Scottish Leaving Certificate Examination, 1960
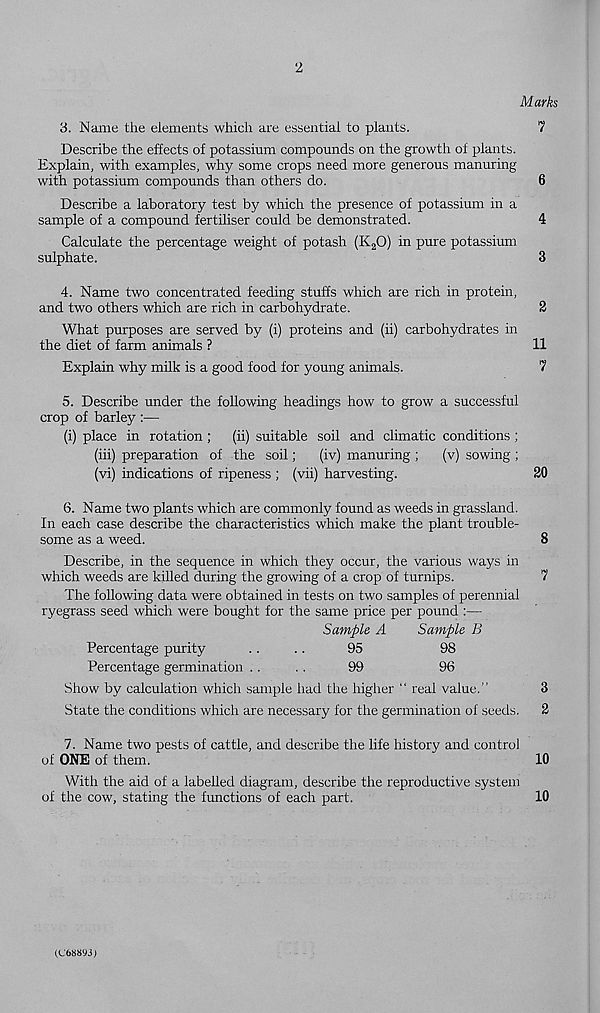
2
M arks
3. Name the elements which are essential to plants.
7
Describe the effects of potassium compounds on the growth of plants.
Explain, with examples, why some crops need more generous manuring
with potassium compounds than others do.
6
Describe a laboratory test by which the presence of potassium in a
sample of a compound fertiliser could be demonstrated.
4
Calculate the percentage weight of potash (K a O) in pure potassium
sulphate.
3
4. Name two concentrated feeding stuffs which are rich in protein,
and two others which are rich in carbohydrate.
2
What purposes are served by (i) proteins and (ii) carbohydrates in
the diet of farm animals ?
11
Explain why milk is a good food for young animals.
7
5. Describe under the following headings how to grow a successful
crop of barley :—
(i) place in rotation ; (ii) suitable soil and climatic conditions ;
(iii) preparation of the soil;
(iv) manuring ;
(v) sowing ;
(vi) indications of ripeness ; (vii) harvesting.
20
6. Name two plants which are commonly found as weeds in grassland.
In each case describe the characteristics which make the plant trouble-
some as a weed.
8
Describe, in the sequence in which they occur, the various ways in
which weeds are killed during the growing of a crop of turnips.
7
The following data were obtained in tests on two samples of perennial
ryegrass seed which were bought for the same price per pound :—
Sample A
Sample B
Percentage purity
....
95
98
Percentage germination ....
99
96
Show by calculation which sample had the higher “ real value.”
3
State the conditions which are necessary for the germination of seeds. 2
7. Name two pests of cattle, and describe the life history and control
of ONE of them.
10
With the aid of a labehed diagram, describe the reproductive system
of the cow, stating the functions of each part.
10
(C688W)